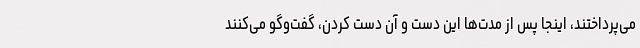
می‌پرداختند، اینجا پس از مدت‌ها این دست و آن دست کردن، گفت‌وگو می‌کنند